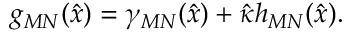
g _ { M N } ( \hat { x } ) = \gamma _ { M N } ( \hat { x } ) + \hat { \kappa } h _ { M N } ( \hat { x } ) .